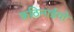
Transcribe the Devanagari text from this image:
कठिनाईयो